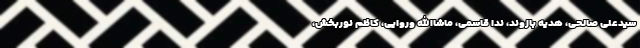
سیدعلی صالحی، هدیه بازوند، ندا قاسمی، ماشاالله وروایی، کاظم نوربخش،